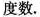
度数.